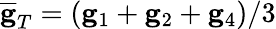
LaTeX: \overline{{\mathbf g}}_{T}=({\mathbf g}_{1}+{\mathbf g}_{2}+{\mathbf g}_{4})/3